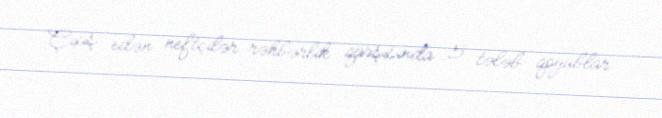
Çıxış edən neftçilər rəhbərlik qarşısında 5 tələb qoyublar.